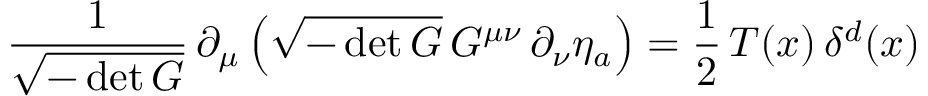
\frac { 1 } { \sqrt { - \operatorname * { d e t } G } } \, \partial _ { \mu } \left( \sqrt { - \operatorname * { d e t } G } \, G ^ { \mu \nu } \, \partial _ { \nu } \eta _ { a } \right) = \frac { 1 } { 2 } \, T ( x ) \, \delta ^ { d } ( x )